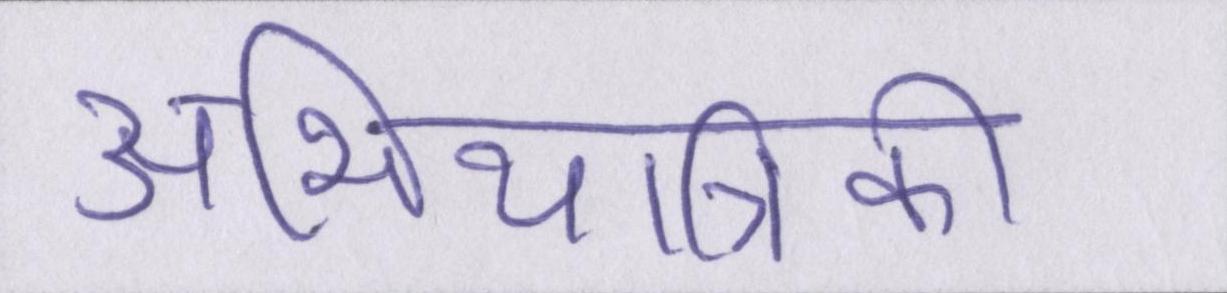
अभियांत्रिकी